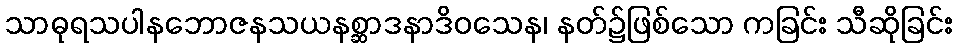
သာဓုရသပါနဘောဇနသယနစ္ဆာဒနာဒိဝသေန၊ နတ်၌ဖြစ်သော ကခြင်း သီဆိုခြင်း